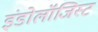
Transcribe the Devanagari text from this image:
इंडोलॉजिस्ट